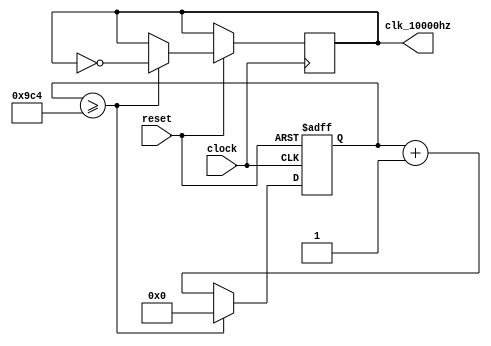
`define MAX_COUNT 2500

module freq_div_10000hz(clock, reset, clk_10000hz);

input clock, reset;
output reg clk_10000hz;

reg [11:0] count;

always @(posedge clock or negedge reset) begin
    if(!reset)
        count <= 0;
    else begin
        if(count >= `MAX_COUNT) begin
            count <= 0;
            clk_10000hz <= ~clk_10000hz;
        end
        else
            count <= count + 1;
    end
end

endmodule